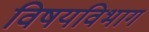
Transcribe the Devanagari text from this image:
विषयविभाग